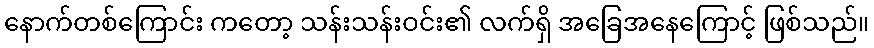
နောက်တစ်ကြောင်း ကတော့ သန်းသန်းဝင်း၏ လက်ရှိ အခြေအနေကြောင့် ဖြစ်သည်။